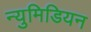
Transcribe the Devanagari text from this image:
न्युमिडियन